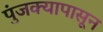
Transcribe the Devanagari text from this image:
पुंजक्यापासून